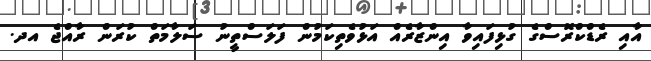
އާއި ރެޑްކްރޮސްގެ ގުޅިފައިވާ އިންޒާރެއް އަޅުވެތިކަމުން ފަލަސްތީނު ސަލާމަތް ކުރަން ރާއްޖެ އދ.